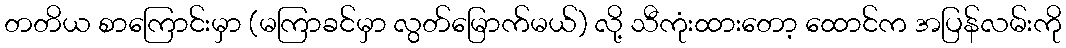
တတိယ စာကြောင်းမှာ (မကြာခင်မှာ လွတ်မြောက်မယ်) လို့ သီကုံးထားတော့ ထောင်က အပြန်လမ်းကို